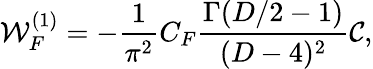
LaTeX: {\cal W}_{F}^{(1)}=-\frac{1}{{\pi}^{2}}C_{F}{\frac{\Gamma(D/2-1)}{(D-4)^{2}}}{\cal C},